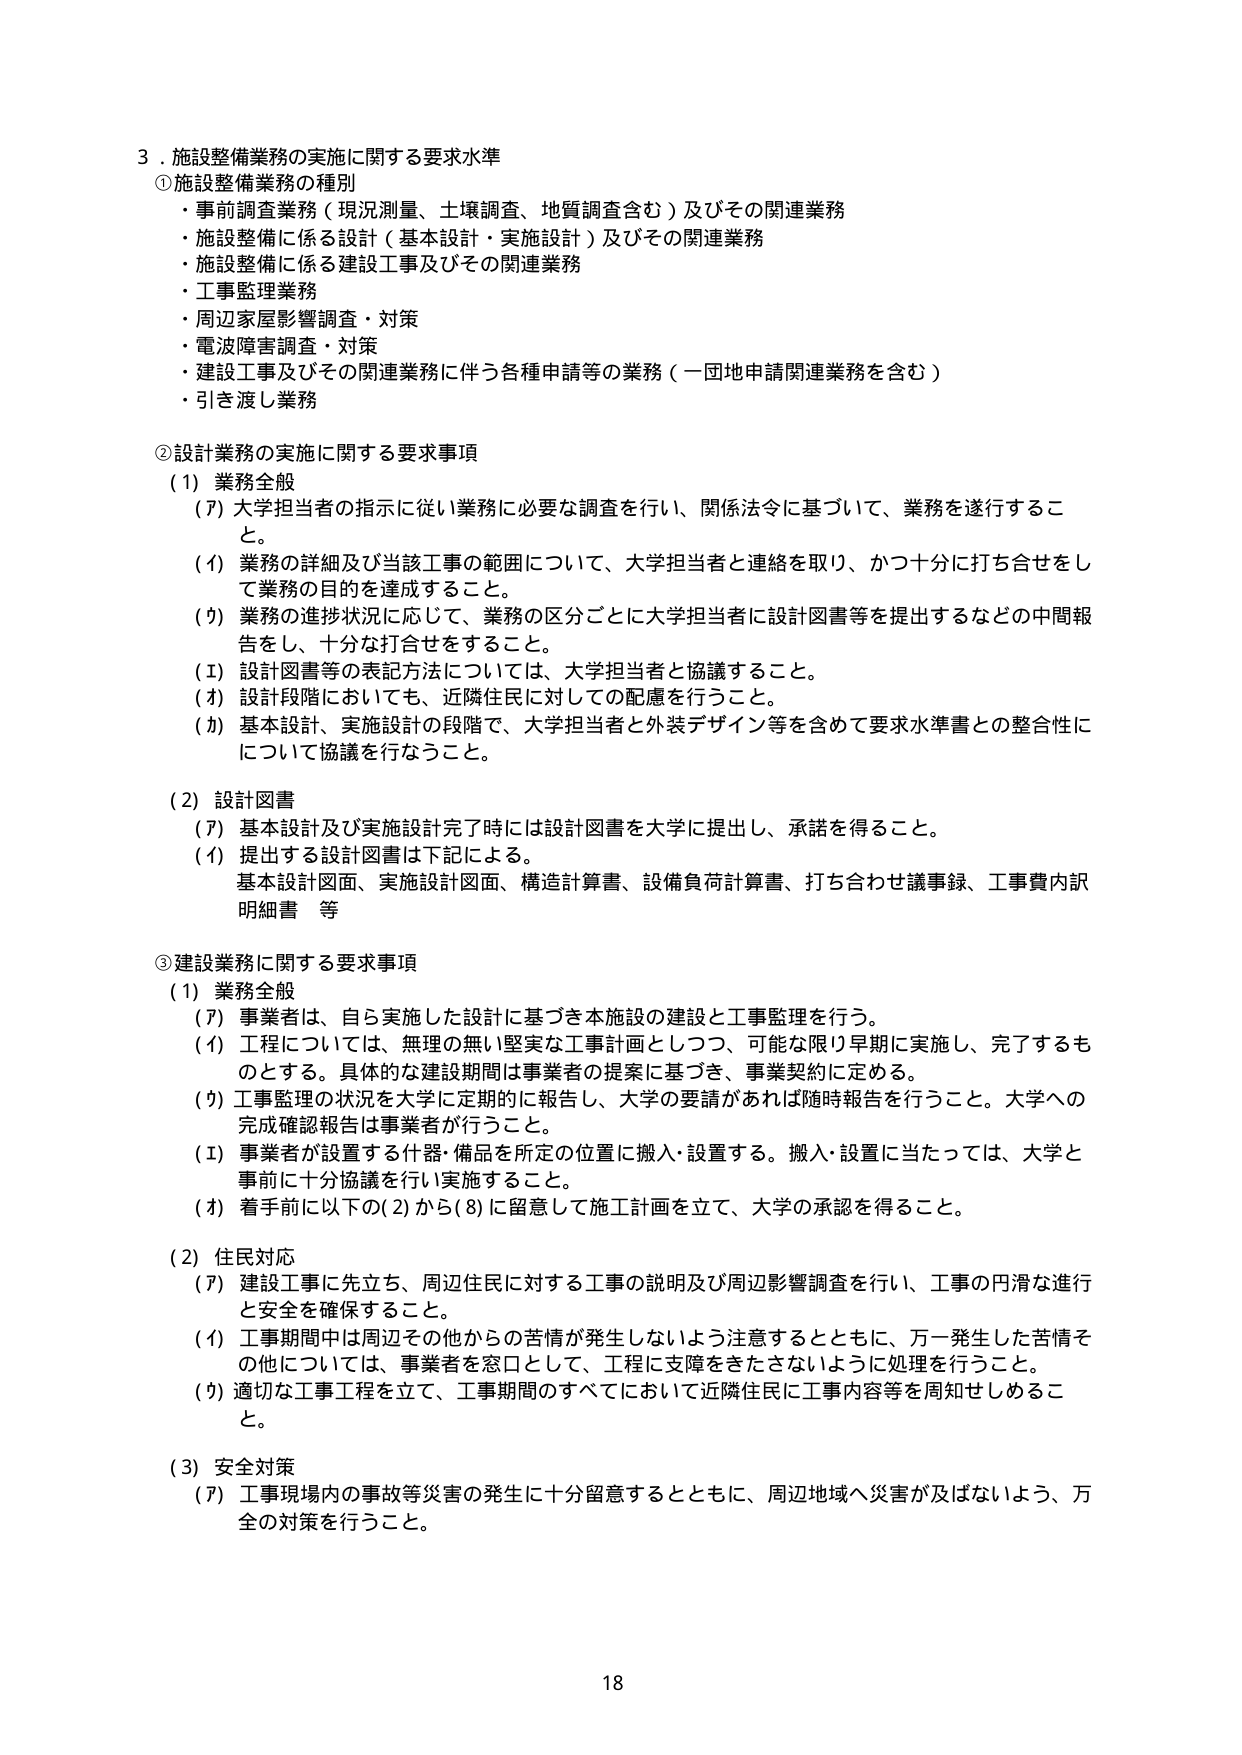
3．施設整備業務の実施に関する要求水準
①施設整備業務の種別
・事前調査業務（現況測量、土壌調査、地質調査含む）及びその関連業務
・施設整備に係る設計（基本設計・実施設計）及びその関連業務
・施設整備に係る建設工事及びその関連業務
・工事監理業務
・周辺家屋影響調査・対策
・電波障害調査・対策
・建設工事及びその関連業務に伴う各種申請等の業務（一団地申請関連業務を含む）
・引き渡し業務

②設計業務の実施に関する要求事項
（1）業務全般
（ア）大学担当者の指示に従い業務に必要な調査を行い、関係法令に基づいて、業務を遂行すること。
（イ）業務の詳細及び当該工事の範囲について、大学担当者と連絡を取り、かつ十分に打ち合わせをして業務の目的を達成すること。
（ウ）業務の進捗状況に応じて、業務の区分ごとに大学担当者に設計図書等を提出するなどの中間報告をし、十分な打合せをすること。
（エ）設計図書等の表記方法については、大学担当者と協議すること。
（オ）設計段階においても、近隣住民に対しての配慮を行うこと。
（カ）基本設計、実施設計の段階で、大学担当者と外装デザイン等を含めて要求水準書との整合性について協議を行なうこと。

（2）設計図書
（ア）基本設計及び実施設計完了時には設計図書を大学に提出し、承諾を得ること。
（イ）提出する設計図書は下記による。
基本設計図面、実施設計図面、構造計算書、設備負荷計算書、打ち合わせ議事録、工事費内訳明細書 等

③建設業務に関する要求事項
（1）業務全般
（ア）事業者は、自ら実施した設計に基づき本施設の建設と工事監理を行う。
（イ）工程については、無理の無い堅実な工事計画としつつ、可能な限り早期に実施し、完了するものとする。具体的な建設期間は事業者の提案に基づき、事業契約に定める。
（ウ）工事監理の状況を大学に定期的に報告し、大学の要請があれば随時報告を行うこと。大学への完成確認報告は事業者が行うこと。
（エ）事業者が設置する什器・備品を所定の位置に搬入・設置する。搬入・設置に当たっては、大学と事前に十分協議を行い実施すること。
（オ）着手前に以下の（2）から（8）に留意して施工計画を立て、大学の承認を得ること。

（2）住民対応
（ア）建設工事に先立ち、周辺住民に対する工事の説明及び周辺影響調査を行い、工事の円滑な進行と安全を確保すること。
（イ）工事期間中は周辺その他からの苦情が発生しないよう注意するとともに、万一発生した苦情その他については、事業者を窓口として、工程に支障をきたさないように処理を行うこと。
（ウ）適切な工事工程を立て、工事期間のすべてにおいて近隣住民に工事内容等を周知せしめること。

（3）安全対策
（ア）工事現場内の事故等災害の発生に十分留意するとともに、周辺地域へ災害が及ばないよう、万全の対策を行うこと。

18